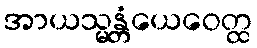
အာယသ္မန္တံယေဝေတ္ထ